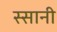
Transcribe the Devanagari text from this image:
स्सानी